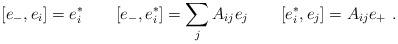
LaTeX: \begin{align*} [e_-,e_i] = e^*_i \qquad [e_-,e^*_i] = \sum_j A_{ij} e_j \qquad [e^*_i,e_j] = A_{ij} e_+~.\end{align*}